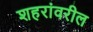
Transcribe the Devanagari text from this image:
शहरांवरील